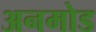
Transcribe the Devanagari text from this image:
अनमोड